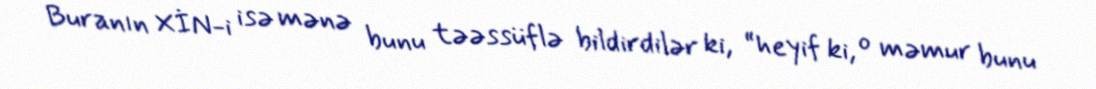
Buranın XİN-i isə mənə bunu təəssüflə bildirdilər ki, “heyif ki, o məmur bunu